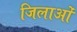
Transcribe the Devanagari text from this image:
जिलाओं